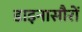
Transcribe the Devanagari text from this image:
डाइनासौरों